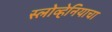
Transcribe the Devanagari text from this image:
स्लोव्हेनियाचा